DOW-UAP-D49, Launch Summary, Vandenberg AFB, 2000
Agency: Department of War
Incident date: 2/3/00
Page 104
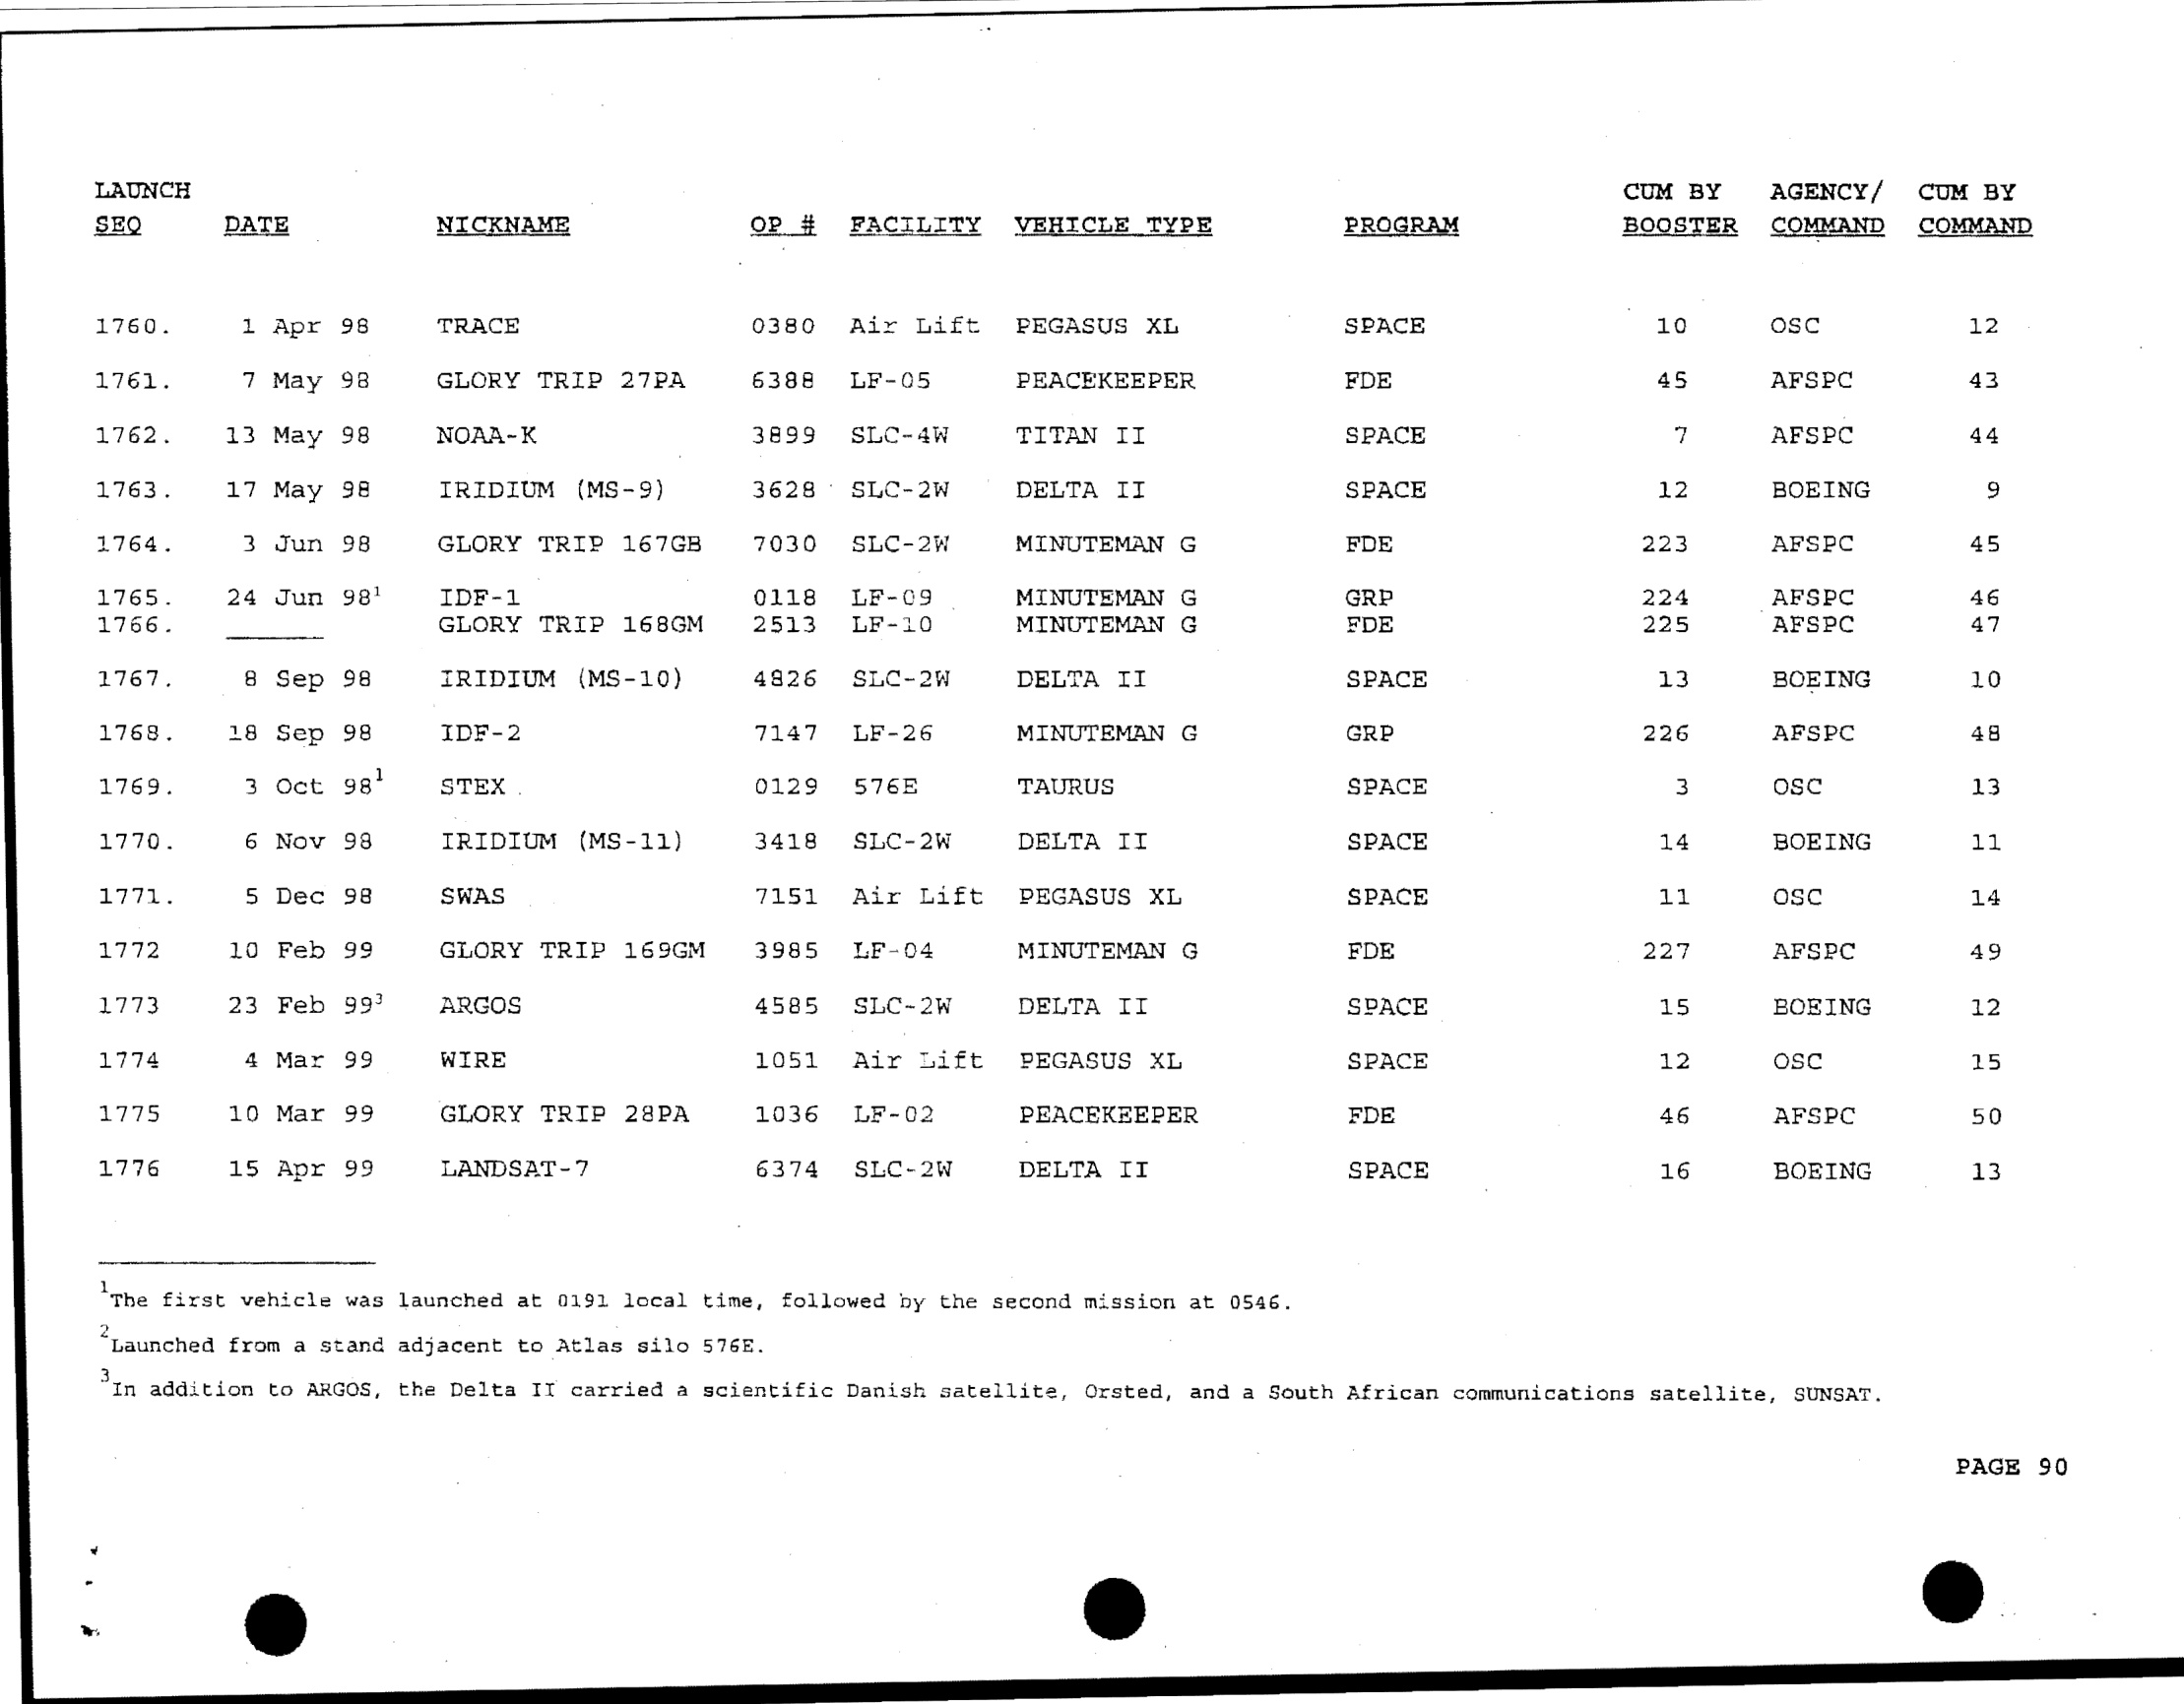